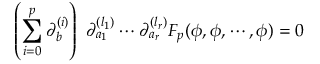
\left( \sum _ { i = 0 } ^ { p } \partial _ { b } ^ { ( i ) } \right) \, \, \partial _ { a _ { 1 } } ^ { ( l _ { 1 } ) } \cdots \partial _ { a _ { r } } ^ { ( l _ { r } ) } F _ { p } ( \phi , \phi , \cdots , \phi ) = 0